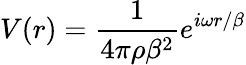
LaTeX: V(r)=\frac{1}{4\pi\rho\beta^{2}}e^{i\omega r/\beta}